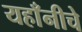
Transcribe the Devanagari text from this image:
यहाँनीचे